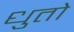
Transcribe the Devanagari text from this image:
धुतो